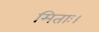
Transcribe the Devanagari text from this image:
मिताः।